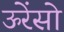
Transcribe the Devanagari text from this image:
ऊरेंसो